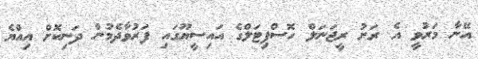
އޭނާ މަރުވީ އެ ރަށު ރީޖަނަލް ހޮސްޕިޓަލްގެ އައިސީޔޫގައި ފަރުވާދެމުން ދަނިކޮށް އިއްޔެ